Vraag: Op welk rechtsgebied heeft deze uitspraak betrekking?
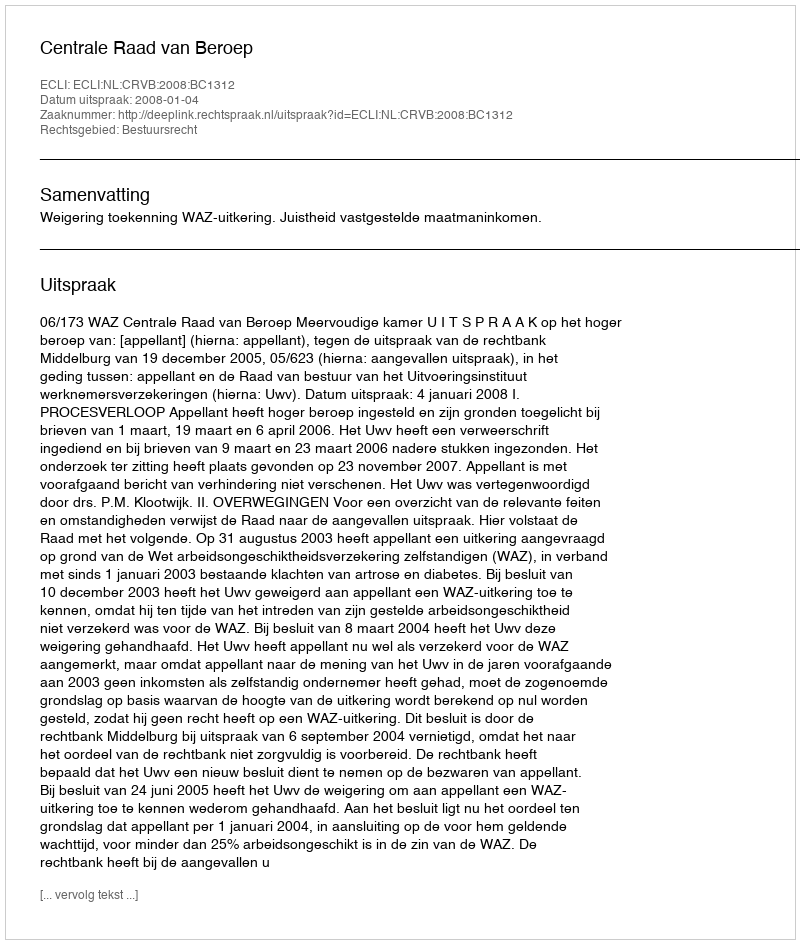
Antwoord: Bestuursrecht